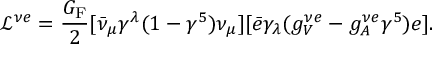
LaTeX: \mathcal { L } ^ { \nu e } = \frac { G _ { \mathrm { F } } } { 2 } [ \bar { \nu } _ { \mu } \gamma ^ { \lambda } ( 1 - \gamma ^ { 5 } ) \nu _ { \mu } ] [ \bar { e } \gamma _ { \lambda } ( g _ { V } ^ { \nu e } - g _ { A } ^ { \nu e } \gamma ^ { 5 } ) e ] .